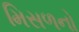
મિસળનો